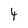
Character: 4